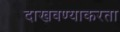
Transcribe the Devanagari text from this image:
दाखवण्याकरता